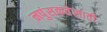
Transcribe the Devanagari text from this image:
नपुंसकतेसाठी